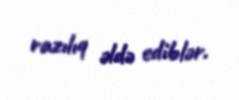
razılıq əldə ediblər.